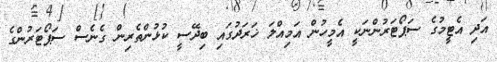
އަދި އެޓީމުގެ ސަޕޯޓަރުންނަކީ އެމީހުން އަމިއްލަ ޚަރަދުގައި ބިދޭސީ ކުޅުންތެރިން ގެނެސް ސަޕޯޓަރުންގެ